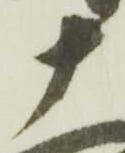
十